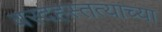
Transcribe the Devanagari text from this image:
वरदहस्तत्याच्या